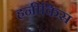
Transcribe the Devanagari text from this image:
हनीकिस